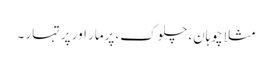
مثلا چوہان، چلوک، پرمار اور پرتہار ۔